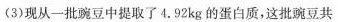
(3)现从一批豌豆中提取了4.92kg的蛋白质，这批豌豆共